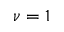
\nu = 1